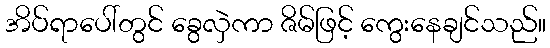
အိပ်ရာပေါ်တွင် ခွေလှဲကာ ဇိမ်ဖြင့် ကွေးနေချင်သည်။